Civil Veterinary Dept. Bombay admin report 1907-1913 - 1907-1913
Year: 1907
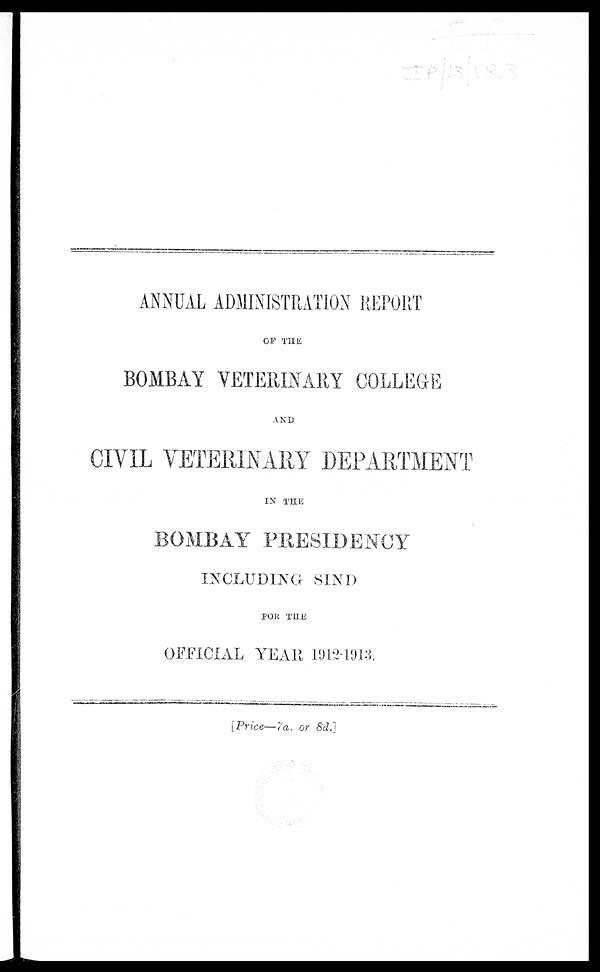
ANNUAL ADMINISTRATION REPORT
OF THE
BOMBAY VETERINARY COLLEGE
AND
CIVIL VETERINARY DEPARTMENT
IN THE
BOMBAY PRESIDENCY
INCLUDING SIND
FOR THE
OFFICIAL YEAR 1912-1913.
[Price—7a, or 8d.]